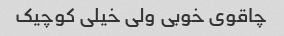
چاقوی خوبی ولی خیلی کوچیک